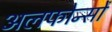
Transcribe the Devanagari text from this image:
अलफोन्सो